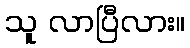
သူ လာပြီလား။